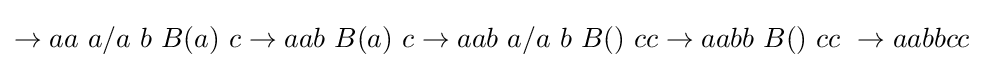
\to aa\ a/a\ b\ B(a)\ c\to aab\ B(a)\ c\to aab\ a/a\ b\ B()\ cc\to aabb\ B()\ cc\ \to aabbcc